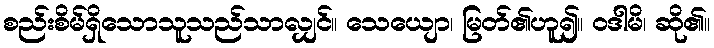
စည်းစိမ်ရှိသောသူသည်သာလျှင်။ သေယျော၊ မြတ်၏ဟူ၍။ ဝဒါမိ၊ ဆို၏။